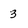
Character: 3